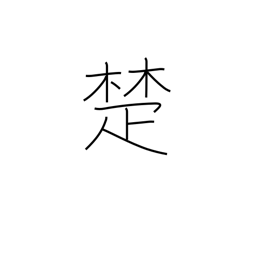
Meaning: cane